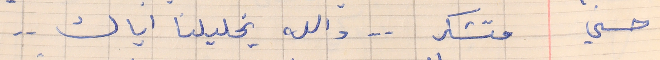
حسني     متشكر . . والله يخليلنا اياك . .